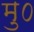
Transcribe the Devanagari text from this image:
मु०